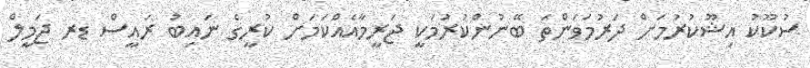
ސުކޫކު އިޝޫކުރުމަށް ދަރުމަވަންތަ ބޭނުންކުރުމަކީ ޖަރީމާއެއްކަމަށް ކުރީގެ ނައިބު ރައީސް ޑރ ޖަމީލް